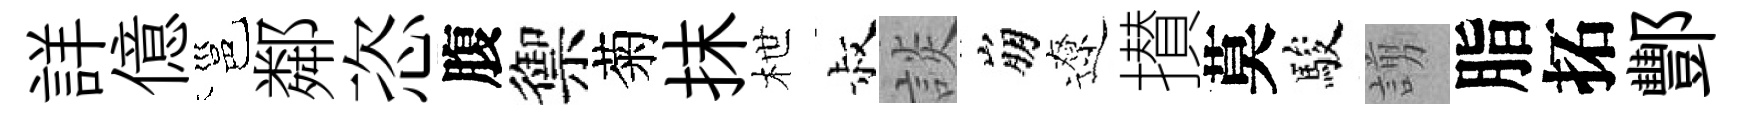
詳億邕鄰恣腹禦菊抹枻叔談崩遼攅莫駿謭脂拓酆